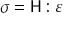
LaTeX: \, \, { \boldsymbol { \sigma } } = { \mathsf { H } } : { \boldsymbol { \varepsilon } } \,